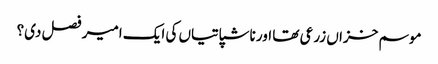
موسم خزاں زرعی تھا اور ناشپاتیاں کی ایک امیر فصل دی؟